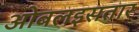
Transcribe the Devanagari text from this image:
ओबलइसतार